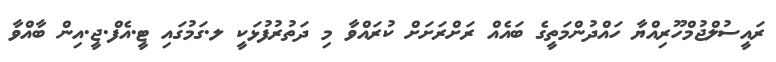
ރައީސުލްޖުމްހޫރިއްޔާ ހައްދުންމަތީގެ ބައެއް ރަށްރަށަށް ކުރައްވާ މި ދަތުރުފުޅަކީ ލ.ގަމުގައި ޓީ.އެފް.ޖީ.އިން ބާއްވާ